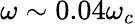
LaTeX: \omega\sim 0.04\omega_{c}